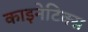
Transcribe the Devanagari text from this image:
काइनेटिक्स